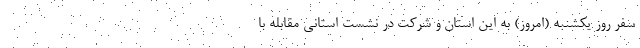
سفر روز یکشنبه (امروز) به این استان و شرکت در نشست استانی مقابله با